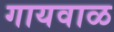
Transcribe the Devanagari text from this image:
गायवाळ